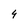
Character: 4